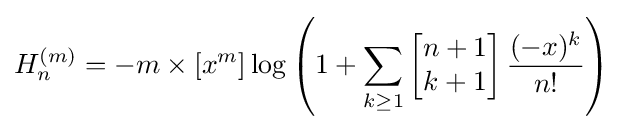
H_{n}^{(m)}=-m\times [x^{m}]\log \left(1+\sum _{k\geq 1}\left[{\begin{matrix}n+1\\k+1\end{matrix}}\right]{\frac {(-x)^{k}}{n!}}\right)